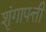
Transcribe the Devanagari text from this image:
शृंगापत्ती